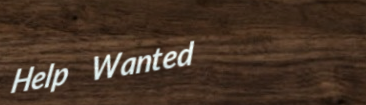
Help Wanted